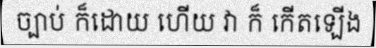
ច្បាប់ ក៏ដោយ ហើយ វា ក៏ កើតឡើង